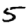
Digit: 5